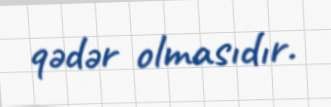
qədər olmasıdır.